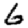
Digit: 6